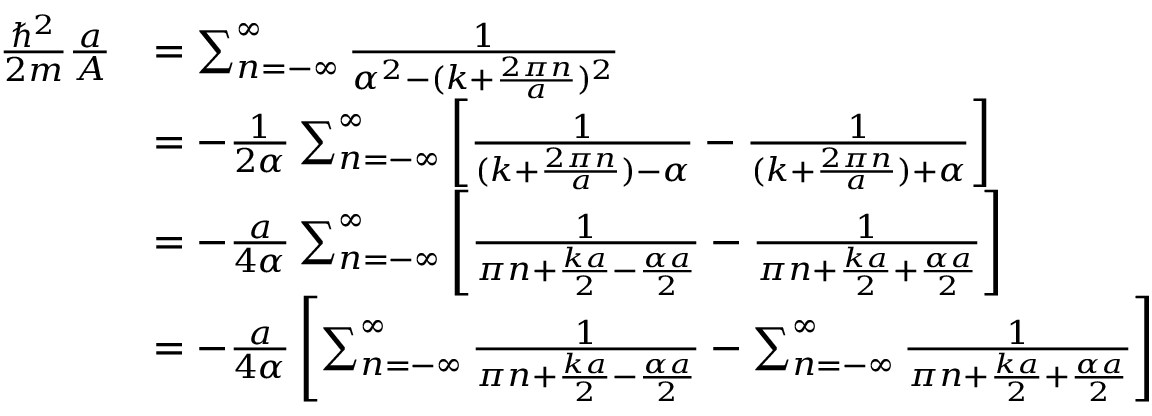
{ \begin{array} { r l } { { \frac { \hbar ^ { 2 } } { 2 m } } { \frac { a } { A } } } & { = \sum _ { n = - \infty } ^ { \infty } { \frac { 1 } { \alpha ^ { 2 } - ( k + { \frac { 2 \pi n } { a } } ) ^ { 2 } } } } \\ & { = - { \frac { 1 } { 2 \alpha } } \sum _ { n = - \infty } ^ { \infty } \left[ { \frac { 1 } { ( k + { \frac { 2 \pi n } { a } } ) - \alpha } } - { \frac { 1 } { ( k + { \frac { 2 \pi n } { a } } ) + \alpha } } \right] } \\ & { = - { \frac { a } { 4 \alpha } } \sum _ { n = - \infty } ^ { \infty } \left[ { \frac { 1 } { \pi n + { \frac { k a } { 2 } } - { \frac { \alpha a } { 2 } } } } - { \frac { 1 } { \pi n + { \frac { k a } { 2 } } + { \frac { \alpha a } { 2 } } } } \right] } \\ & { = - { \frac { a } { 4 \alpha } } \left[ \sum _ { n = - \infty } ^ { \infty } { \frac { 1 } { \pi n + { \frac { k a } { 2 } } - { \frac { \alpha a } { 2 } } } } - \sum _ { n = - \infty } ^ { \infty } { \frac { 1 } { \pi n + { \frac { k a } { 2 } } + { \frac { \alpha a } { 2 } } } } \right] } \end{array} }